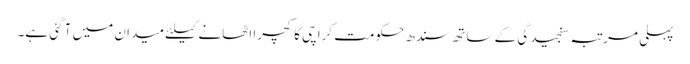
پہلی مرتبہ سنجیدگی کے ساتھ سندھ حکومت کراچی کا کچرا اٹھانے کیلئے میدان میں آ گئی ہے۔